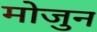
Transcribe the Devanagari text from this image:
मोजुन